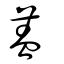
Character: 葢